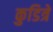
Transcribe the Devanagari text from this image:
कुडित्रे